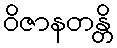
ဝိဇာနတန္တိ